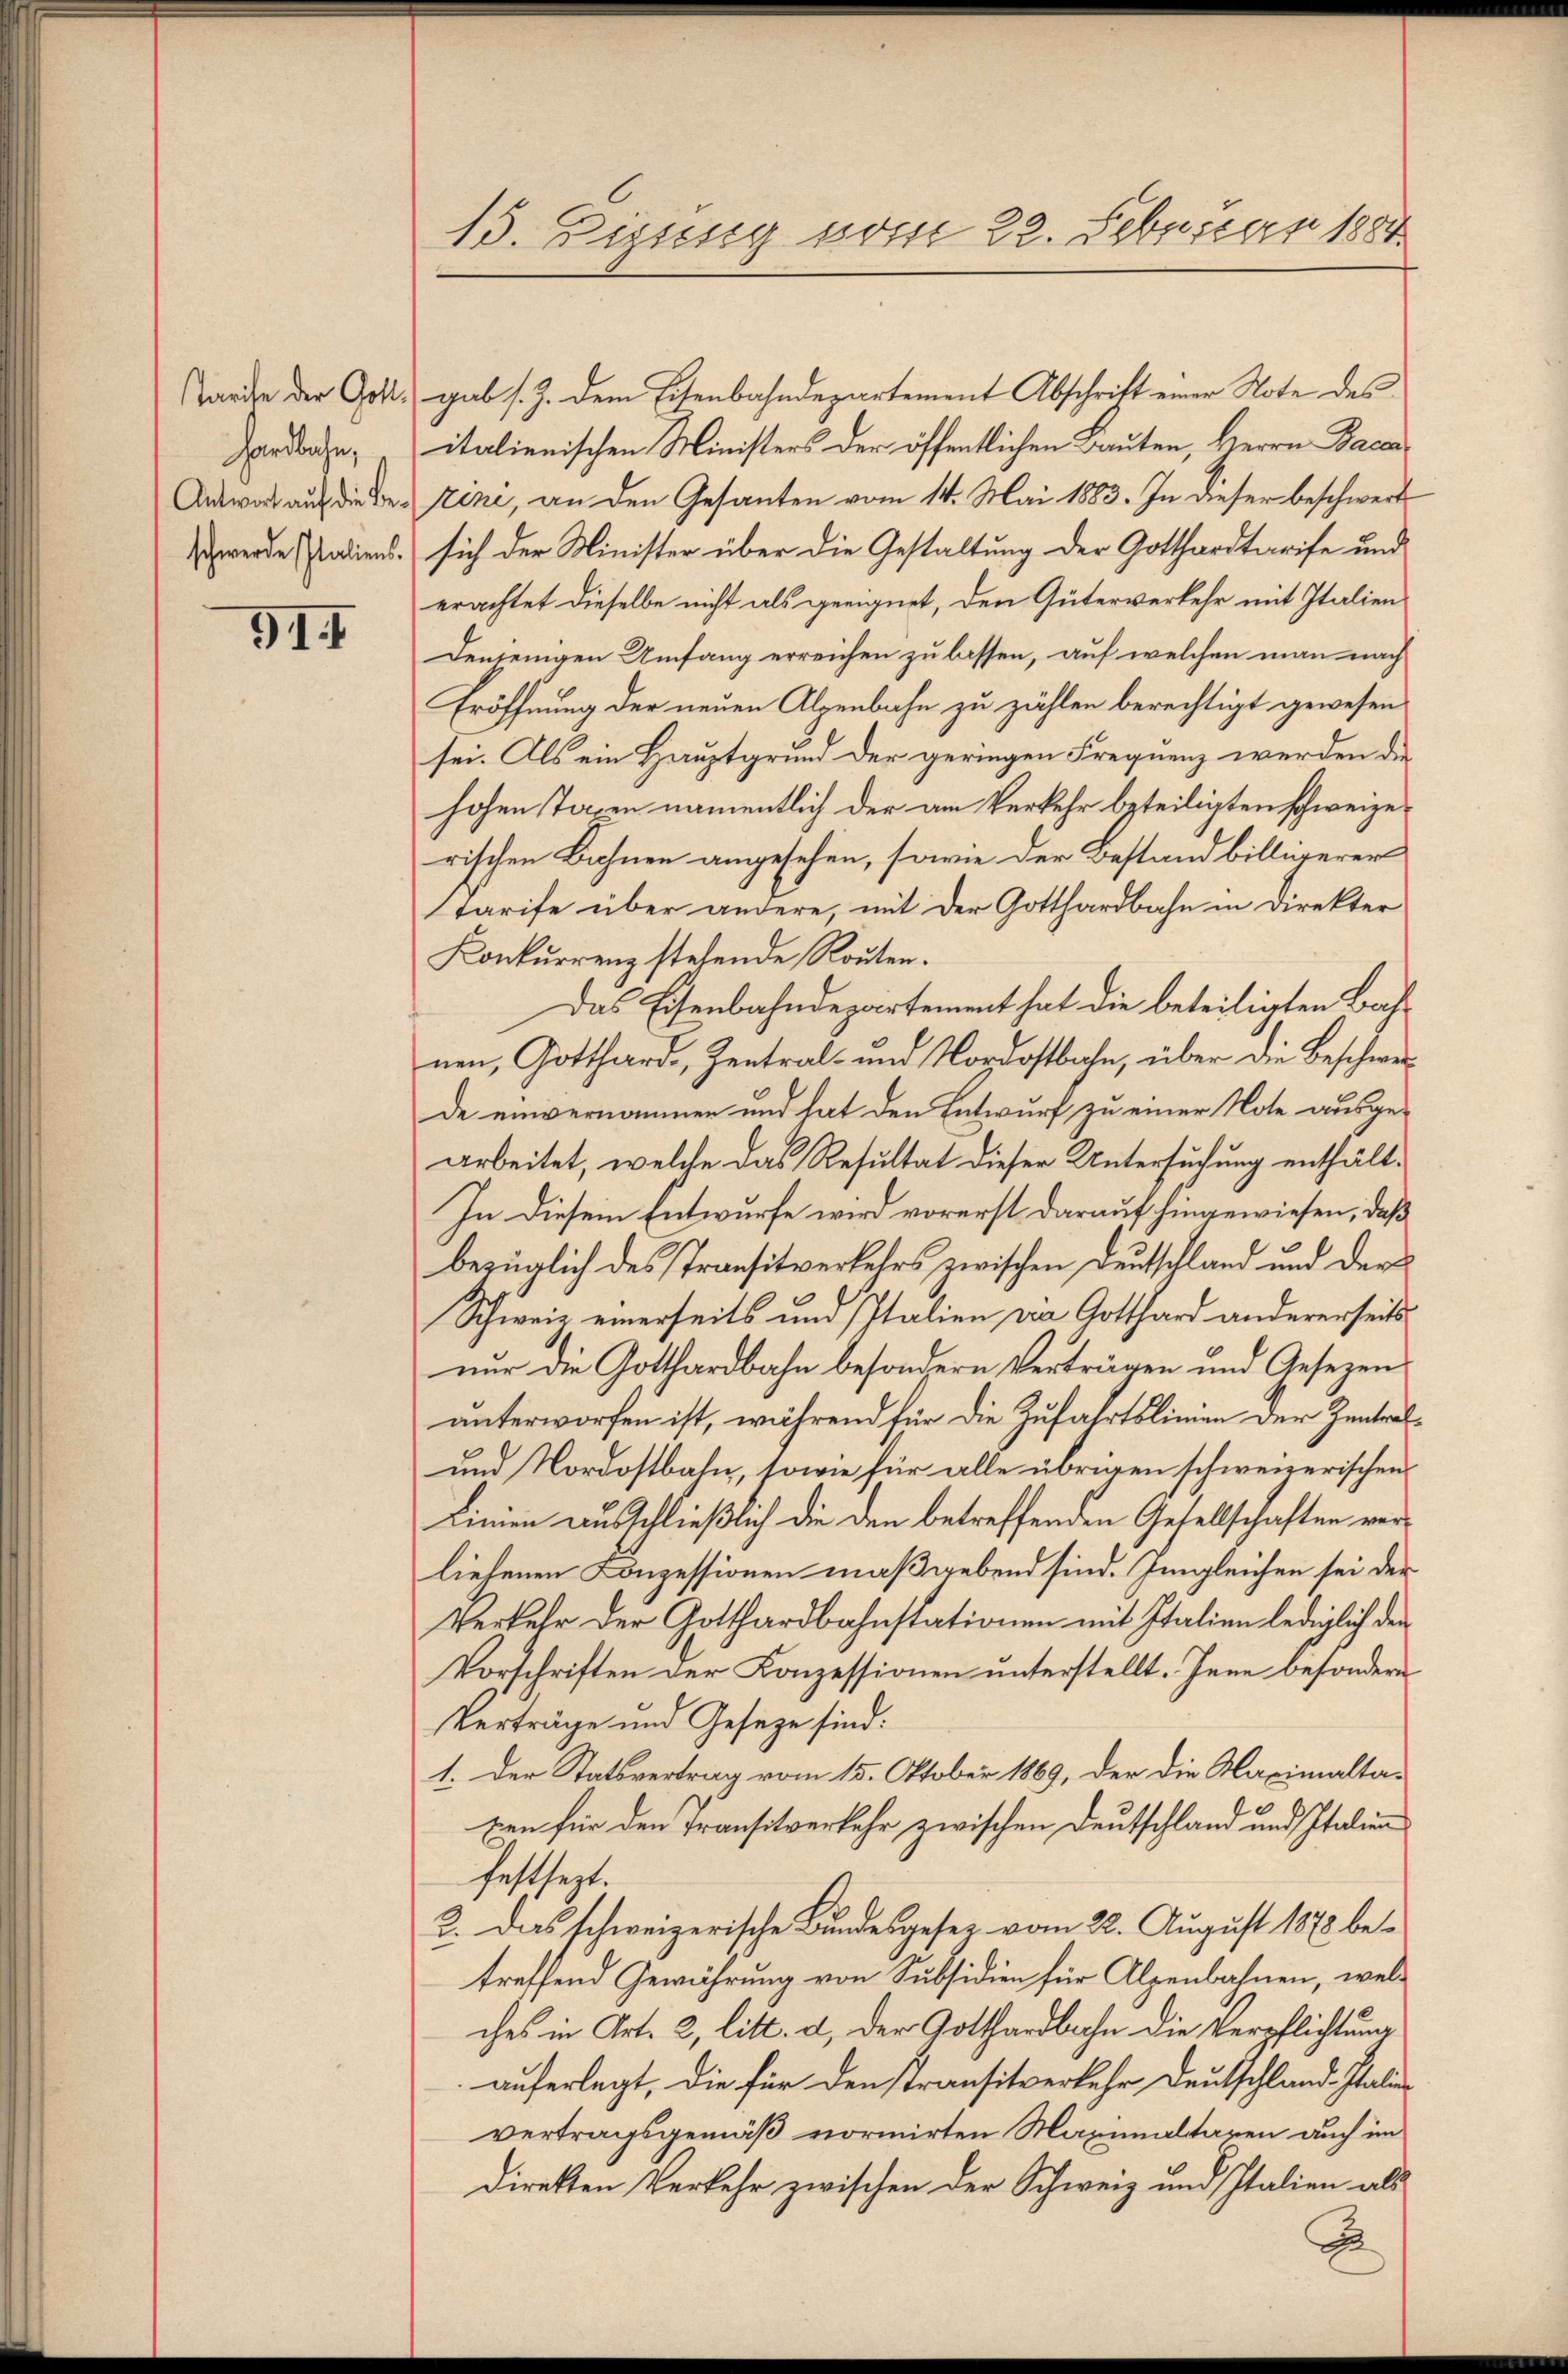
Tarife der Gott.
hardbachen,
Antwort auf die Beschwerde Italiens.

91. I

15. Dissesig vom 22. Februar 1884

gab s. Z. dem Eisenbahndepartement Abschrift einer Note des
italienischen Ministers der öffentlichen Bauten, Herrn Bacca
stine, an den Gesanten vom 14. Mai 1883. In dieser beschwert
sich der Minister über die Gestaltung der Gotthardtarife und
erachtet dieselbe nicht als geeignet, den Güterverkehr mit Italien
Denjenigen Umfang erreichen zu lassen, auf welchen man nach
Eröffnung der neuen Alpenbahn zu zählen berechtigt gewesen
sei. Als ein Hauptgrund der geringen Frequenz werden die
hohen Taxen namentlich der am Verkehr beteiligten schweizerischen Bahnen angesehen, sowie der Bestand billigerer
starife über andere, mit der Gotthardbahn in Direkter
Konkurrenz stehende Routen.
Das Eisenbahndepartement hat die beteiligten Bahnen, Gotthard Zentral- und Nordostbahn, über die Beschwer-
de einvernommen und hat den Entwurf zu einer Note ausgearbeitet, welche das Resultat dieser Untersuchung enthält¬
In diesem Entwurfe wird vorerst darauf hingewiesen, daß
bezüglich des Transitverkehrs zwischen Deutschland und der
Schweiz einerseits und Italien vro Gotthard andererseitsnur die Gotthardbahn besondern Verträgen und Gesezen
unterworfen ist, während für die Zufahrtslinien der Zentral¬
und Nordostbahn, sowie für alle übrigen schweizerischen
Linien ausschließlich die den betreffenden Gesellschaften verliefenen Konzessionen maßgebend sind. Imgleichen sei der
Verkehr der Gotthardbahnstationen mit Italien lediglich der
Vorschriften der Konzessionen unterstellt. Jene besondern
Verträge und Geseze sind:
1. Der Statsvertrag vom 15. Oktober 1869, der die Maximaltaxen für den Transitverkehr zwischen Deutschland und Italien
festsezt.
2. Das schweizerische Bundesgesez vom 22. August 1878 betreffend Gewährung von Subsidien für Alpenbahnen, welches in Art. 2, litt. d, der Gotthardbahn die Verpflichtung
auferlegt, die für den Transitverkehr Deutschland-Italie
vertragsgemäß normirten Maximaltaren auch im
direkten Verkehr zwischen der Schweiz und Italien als